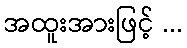
အထူးအားဖြင့် ...